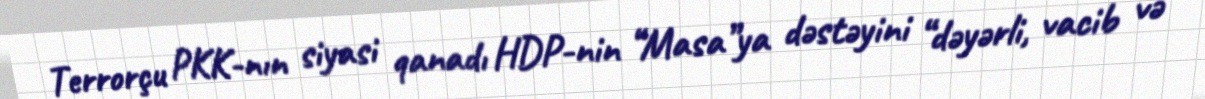
Terrorçu PKK-nın siyasi qanadı HDP-nin “Masa”ya dəstəyini “dəyərli, vacib və